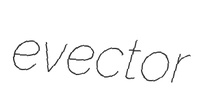
evector